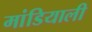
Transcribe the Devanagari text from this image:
मांडियाली